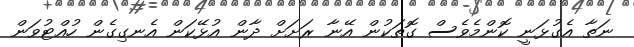
ނަތާ އެގުޅަނީ ކޮންމެވެސް ގޮތަކުން އޭނާ ރަށަށް ދާން އުޅޭކަން އެނގިގެން ހުއްޓުވަން